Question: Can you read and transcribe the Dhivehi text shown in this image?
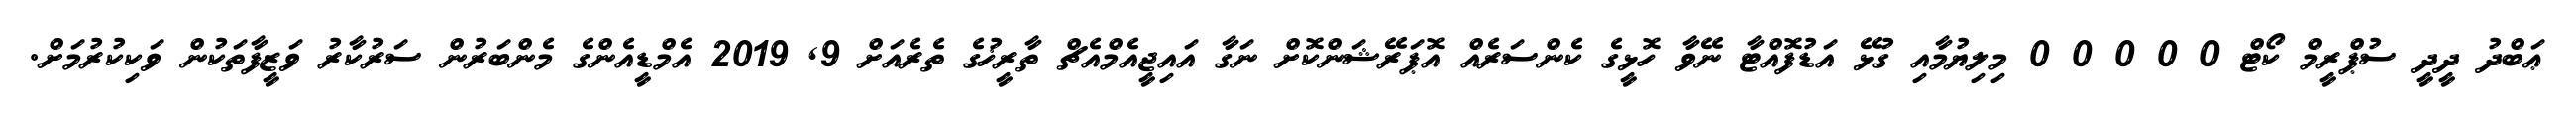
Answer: ޢަބްދު ދީދީ ސުޕްރީމް ކޯޓް 0 0 0 0 0 މިލިޔުމާއި ގުޅޭ އަޑުފޮއްޓާ ނޭވާ ހޮޅީގެ ކެންސަރެއް އޮޕަރޭޝަންކޮށް ނަގާ އައިޖީއެމްއެޗް ތާރީޚުގެ ތެރެއަށް 9, 2019 އެމްޑީއެންގެ މެންބަރުން ސަރުކާރު ވަޒީފާތަކުން ވަކިކުރުމަށް.